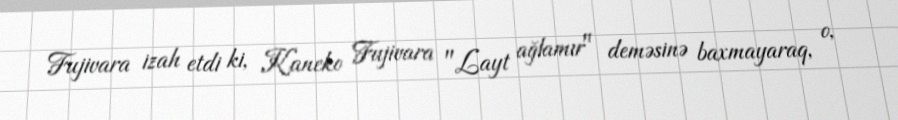
Fujivara izah etdi ki, Kaneko Fujivara "Layt ağlamır" deməsinə baxmayaraq, o,